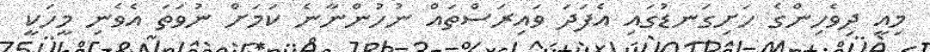
މިއީ ދިވެހިންގެ ހަށިގަނޑުގައި އެފަދަ ވައިރަސްތައް ނުހުންނާނެ ކަމަށް ނުވަތަ އެވެނި މީހަކީ